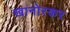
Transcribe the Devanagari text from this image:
खानोरकर